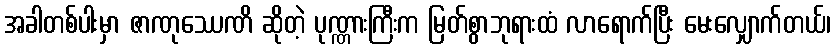
အခါတစ်ပါးမှာ ဇာဏုဿေဏိ ဆိုတဲ့ ပုဏ္ဏားကြီးက မြတ်စွာဘုရားထံ လာရောက်ပြီး မေးလျှောက်တယ်၊